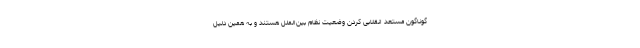
گوناگون مستعد انقلابی کردن وضعیت نظام بین‌الملل هستند و به همین دلیل